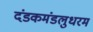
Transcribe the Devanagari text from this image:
दंडकमंडलुधरम